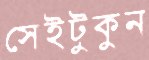
সেইটুকুন